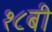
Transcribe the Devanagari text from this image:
१८बी